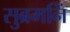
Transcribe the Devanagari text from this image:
सुब्रमनिं